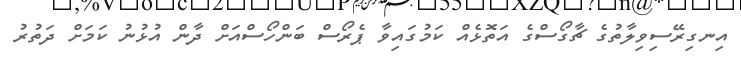
އިނގިރޭސިވިލާތުގެ ޗާގޯސްގެ އަތޮޅެއް ކަމުގައިވާ ޕެރޯސް ބަންހޯސްއަށް ދާން އުޅުނު ކަމަށް ދަތުރު